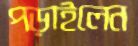
পড়াইলেন